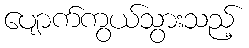
ပျောက်ကွယ်သွားသည့်